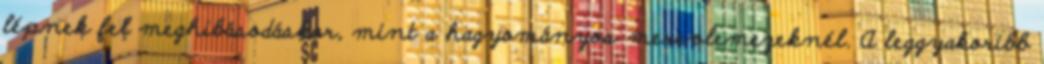
lépnek fel meghibásodáskor, mint a hagyományos merevlemezeknél. A leggyakoribb